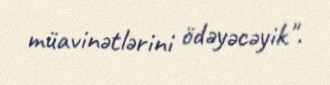
müavinətlərini ödəyəcəyik".